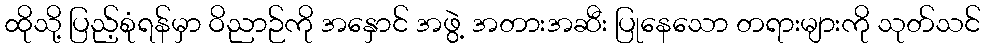
ထိုသို့ ပြည့်စုံရန်မှာ ဝိညာဉ်ကို အနှောင် အဖွဲ့ အတားအဆီး ပြုနေသော တရားများကို သုတ်သင်